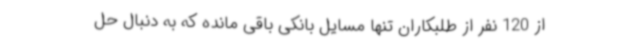
از 120 نفر از طلبکاران تنها مسایل بانکی باقی مانده که به دنبال حل